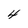
Character: 4